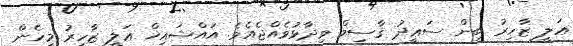
ޢަލީ ޒާހިރު ބިން ސަޢީދު ޤާސިމް ވިދާޅުވެއްޖެއެވެ. އައްޝައިޚް ޢަލީ ޒާހިރު މިހެން